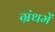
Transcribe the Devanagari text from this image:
ग्रंथमें